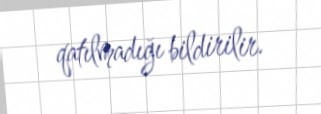
qatılmadığı bildirilir.